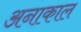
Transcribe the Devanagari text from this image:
अनाकाल